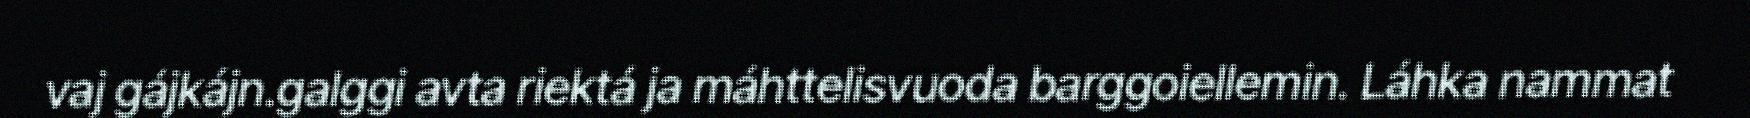
vaj gájkájn.galggi avta riektá ja máhttelisvuoda barggoiellemin. Láhka nammat